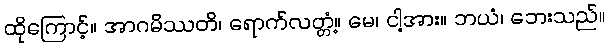
ထိုကြောင့်။ အာဂမိဿတိ၊ ရောက်လတ္တံ့။ မေ၊ ငါ့အား။ ဘယံ၊ ဘေးသည်။